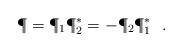
LaTeX: \begin{align*}\P=\P_{1}\P_{2}^{*}=-\P_{2}\P_{1}^{*}\ \ .\end{align*}